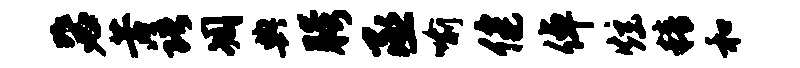
毖苦语凋典胯丞喻健倬炫精和